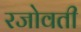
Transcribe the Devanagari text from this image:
रजोवती